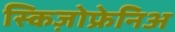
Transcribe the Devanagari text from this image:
स्किज़ोफ्रेनिअ